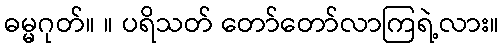
ဓမ္မဂုတ်။ ။ ပရိသတ် တော်တော်လာကြရဲ့လား။